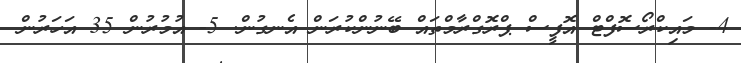
4- މައިކްރޯސޮފްޓް އޮފީސް ޕްރޮގްރާމްތައް ބޭނުންކުރަން އެނގުން. 5- އުމުރުން 35 އަހަރުން